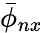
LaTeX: \bar{\phi}_{nx}